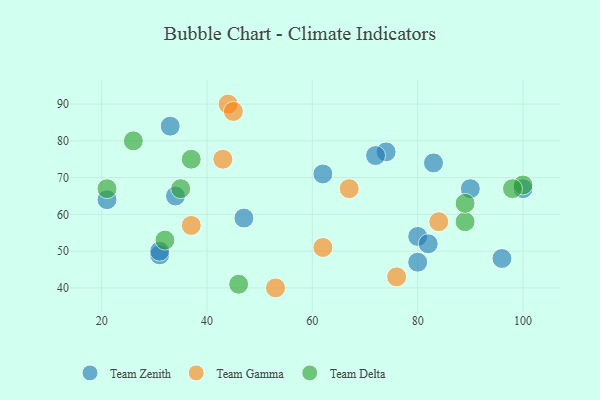
{"axis": {"x": "GDP", "y": "Life Expectancy"}, "legend": ["Team Delta", "Team Gamma", "Team Zenith"], "data": [{"x": "83", "y": 74, "type": "Team Zenith"}, {"x": "47", "y": 59, "type": "Team Zenith"}, {"x": "31", "y": 49, "type": "Team Zenith"}, {"x": "74", "y": 77, "type": "Team Zenith"}, {"x": "34", "y": 65, "type": "Team Zenith"}, {"x": "21", "y": 64, "type": "Team Zenith"}, {"x": "62", "y": 71, "type": "Team Zenith"}, {"x": "90", "y": 67, "type": "Team Zenith"}, {"x": "33", "y": 84, "type": "Team Zenith"}, {"x": "72", "y": 76, "type": "Team Zenith"}, {"x": "31", "y": 50, "type": "Team Zenith"}, {"x": "80", "y": 47, "type": "Team Zenith"}, {"x": "100", "y": 67, "type": "Team Zenith"}, {"x": "96", "y": 48, "type": "Team Zenith"}, {"x": "80", "y": 54, "type": "Team Zenith"}, {"x": "82", "y": 52, "type": "Team Zenith"}, {"x": "43", "y": 75, "type": "Team Gamma"}, {"x": "44", "y": 90, "type": "Team Gamma"}, {"x": "76", "y": 43, "type": "Team Gamma"}, {"x": "67", "y": 67, "type": "Team Gamma"}, {"x": "62", "y": 51, "type": "Team Gamma"}, {"x": "84", "y": 58, "type": "Team Gamma"}, {"x": "37", "y": 57, "type": "Team Gamma"}, {"x": "45", "y": 88, "type": "Team Gamma"}, {"x": "53", "y": 40, "type": "Team Gamma"}, {"x": "100", "y": 68, "type": "Team Delta"}, {"x": "32", "y": 53, "type": "Team Delta"}, {"x": "35", "y": 67, "type": "Team Delta"}, {"x": "26", "y": 80, "type": "Team Delta"}, {"x": "21", "y": 67, "type": "Team Delta"}, {"x": "89", "y": 58, "type": "Team Delta"}, {"x": "89", "y": 63, "type": "Team Delta"}, {"x": "98", "y": 67, "type": "Team Delta"}, {"x": "46", "y": 41, "type": "Team Delta"}, {"x": "37", "y": 75, "type": "Team Delta"}]}